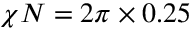
\chi N = 2 \pi \times 0 . 2 5